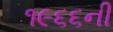
૧૯૬૬ની